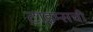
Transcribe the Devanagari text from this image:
टाइम्सची